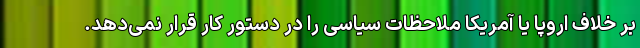
بر خلاف اروپا یا آمریکا ملاحظات سیاسی را در دستور کار قرار نمی‌دهد.